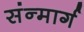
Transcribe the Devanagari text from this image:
संन्मार्ग